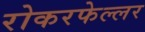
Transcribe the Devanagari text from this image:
रोकरफेल्लर